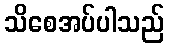
သိစေအပ်ပါသည်